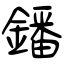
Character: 鐇